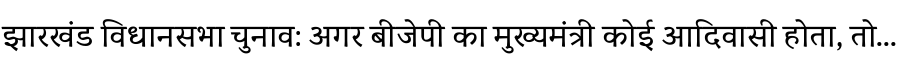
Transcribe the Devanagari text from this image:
झारखंड विधानसभा चुनाव: अगर बीजेपी का मुख्यमंत्री कोई आदिवासी होता, तो...